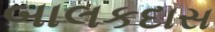
બાલકદાસ